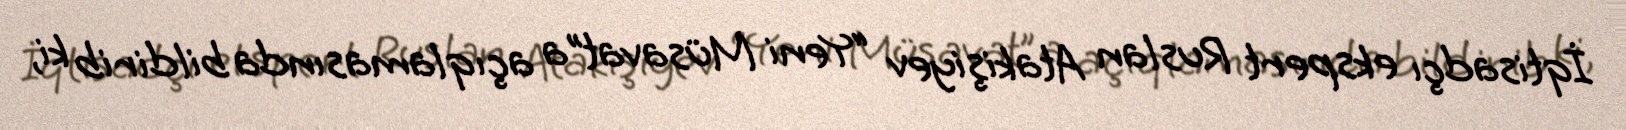
İqtisadçı ekspert Ruslan Atakişiyev “Yeni Müsavat”a açıqlamasında bildirib ki,